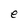
Character: e